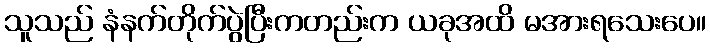
သူသည် နံနက်တိုက်ပွဲပြီးကတည်းက ယခုအထိ မအားရသေးပေ။